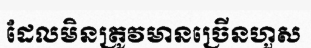
ដែលមិនត្រូវមានច្រើនហួស